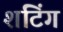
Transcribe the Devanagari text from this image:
शंटिंग